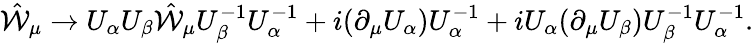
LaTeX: \hat{\cal W}_{\mu}\to U_{\alpha}U_{\beta}\hat{\cal W}_{\mu}U_{\beta}^{-1}U_{\alpha}^{-1}+i(\partial_{\mu}U_{\alpha})U_{\alpha}^{-1}+iU_{\alpha}(\partial_{\mu}U_{\beta})U_{\beta}^{-1}U_{\alpha}^{-1}.